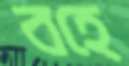
বহে